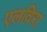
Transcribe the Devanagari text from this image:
एलविरा